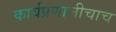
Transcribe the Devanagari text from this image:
कार्यप्रणालीचाच